Indian journal of veterinary science and animal husbandry - Volume 8,
Year: 1938
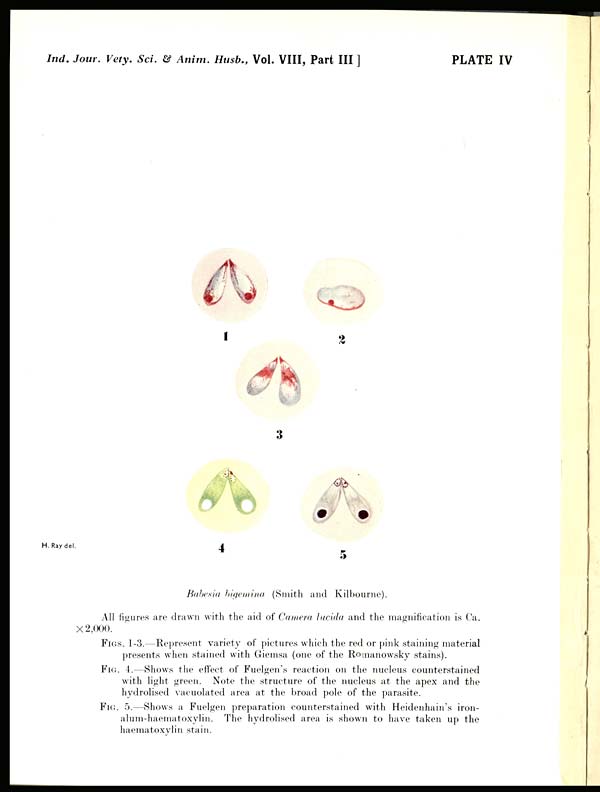
Ind. Jour. Vety. Sci. & Anim. Husb., Vol. VIII, Part III ]
PLATE IV
Babesia bigemina (Smith and Kilbourne).
All figures are drawn with the aid of Camera lucida and the magnification is Ca.
× 2,000.
FIGS. 1-3.—Represent variety of pictures which the red or pink staining material
presents when stained with Giemsa (one of the Romanowsky stains).
FIG. 4.—Shows the effect of Fuelgen's reaction on the nucleus counterstained
with light green. Note the structure of the nucleus at the apex and the
hydrolised vacuolated area at the broad pole of the parasite.
FIG. 5.—Shows a Fuelgen preparation counterstained with Heidenhain's iron¬
alum-haematoxylin. The hydrolised area is shown to have taken up the
haematoxylin stain.